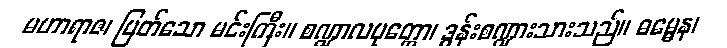
မဟာရာဇ၊ မြတ်သော မင်းကြီး။ စဏ္ဍာလပုတ္တော၊ ဒွန်းစဏ္ဍားသားသည်။ ဓမ္မေန၊